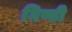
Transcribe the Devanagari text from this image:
गिण्डी